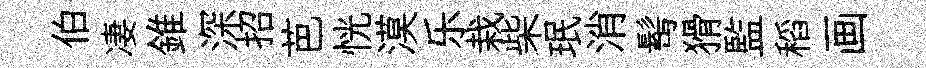
伯凄錐深招芭恍漠乐栽柴珉消髩猾監稻画